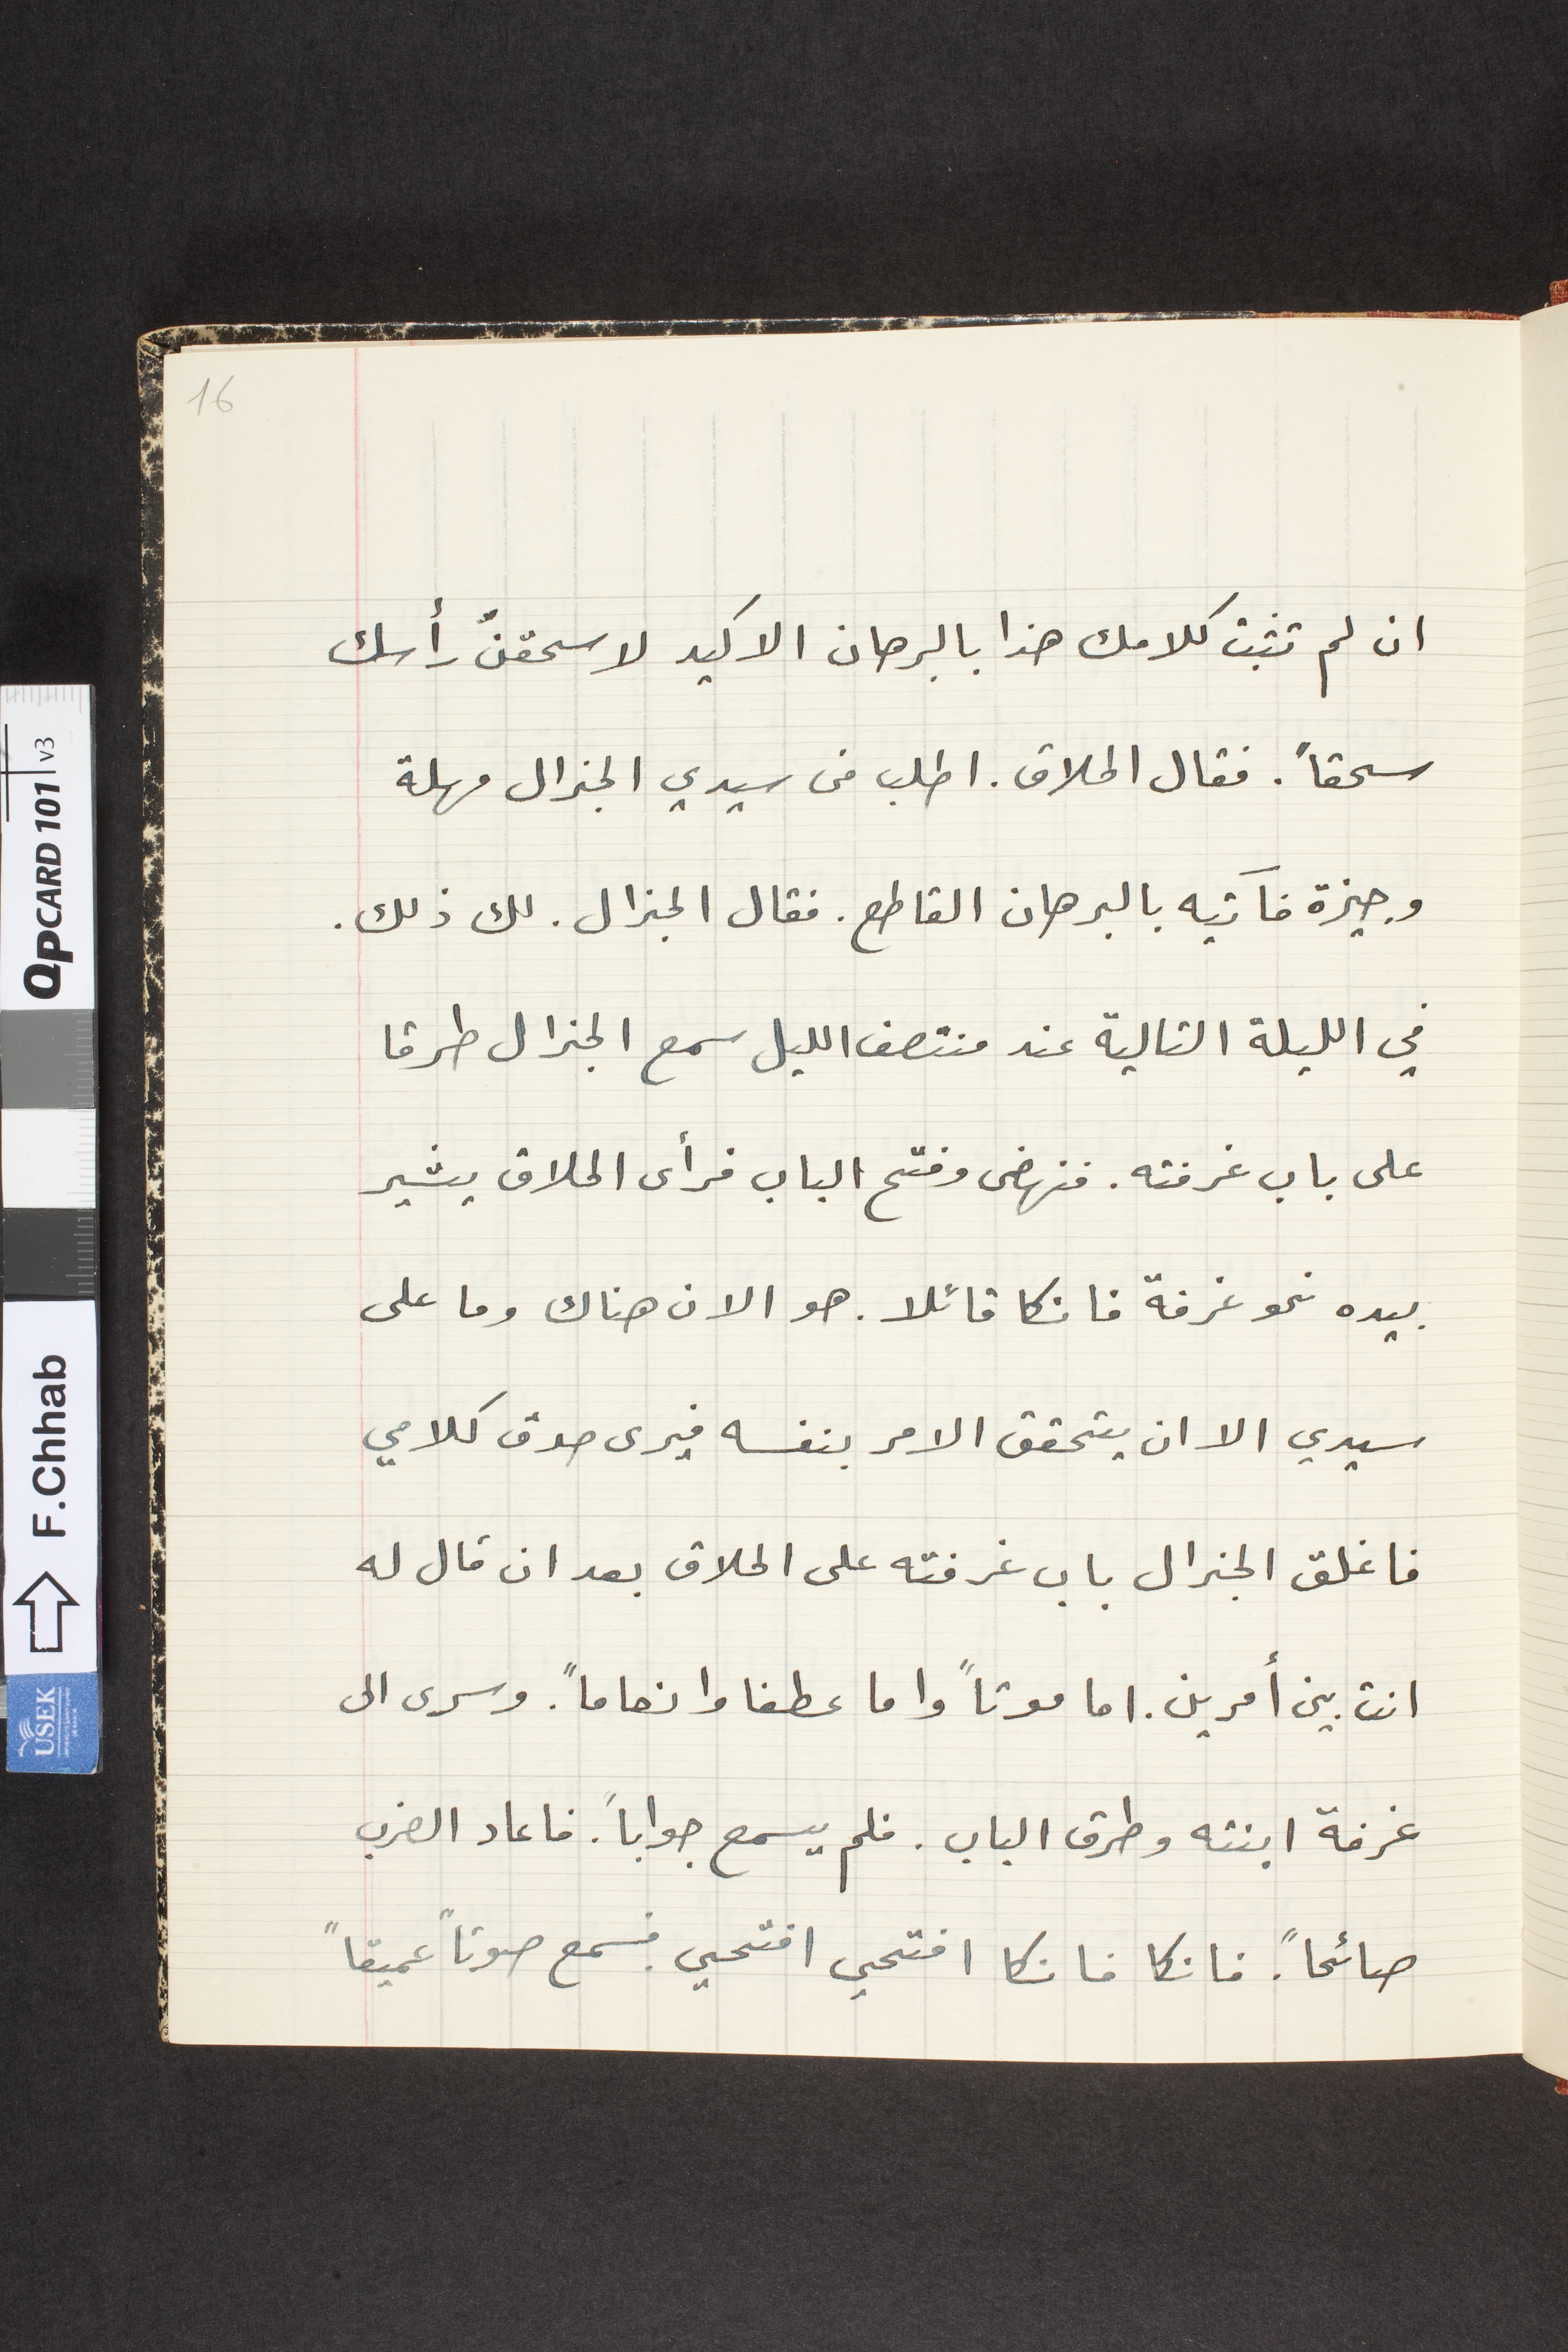
ان لم تثبت كلامك هذا بالبرهان الاكيد لا سحقنّ رأسك
سحقاً. فقال الحلاق. اطلب من سيدي الجنرال مهلة
وجيزة فاتيه بالبرهان القاطع . فقال الجنرال . لك ذلك.
في الليلة التالية عند منتصف الليل سمع الجنرال طرقا
على باب غرفته. فنهضى وفتح الباب فرأى الحلاق يشير
بيده نحو غرفة فانكا قائلا .هو الان هناك وما على
سيدي الا ان يتحقق الامر بنفسه فيرى صدق كلامي
فاغلق الجنرال باب غرفته على الحلاق بعد ان قال له
انت بين أمرين. اما موتاً واما عطفا وانعاماً. وسرى الى
غرفة ابنته وطرق الباب . فلم يسمع جواباً .فاعاد الضرب
صائحاً فانكا فانكا افتحي افتحي. فسمع صوتاً عميقاً